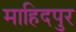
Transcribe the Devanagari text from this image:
माहिदपुर